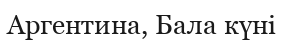
Аргентина, Бала күні